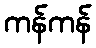
ကန်ကန်